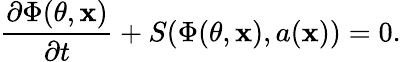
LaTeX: \frac{\partial\Phi(\theta,\mathbf{x})}{\partial t}+S(\Phi(\theta,\mathbf{x}),a(\mathbf{x}))=0.